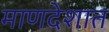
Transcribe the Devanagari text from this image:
माणदेशात